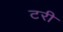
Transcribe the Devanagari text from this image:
टरी